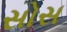
સોસ